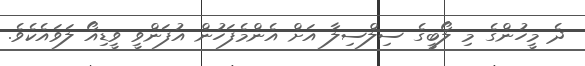
ދެ މީހުންގެ މި ލޯބީގެ ސިލްސިލާ އަށް އެންމެފަހުން އުފަންވީ ވީޑިއޯ ލަވައެކެވެ.